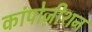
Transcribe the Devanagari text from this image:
कांपोज़ीशन